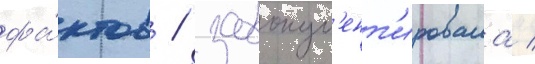
фа́ктов / задокум'ент'ировала /